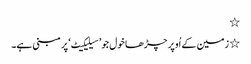
٭
٭ زمین کے اُوپر چڑھا خول جو ’سیلیکیٹ‘ پر مبنی ہے۔